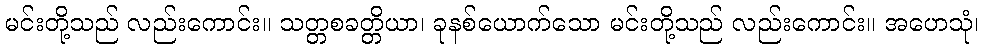
မင်းတို့သည် လည်းကောင်း။ သတ္တစခတ္တိယာ၊ ခုနစ်ယောက်သော မင်းတို့သည် လည်းကောင်း။ အဟေသုံ၊